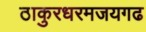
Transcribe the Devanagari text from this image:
ठाकुरधरमजयगढ